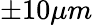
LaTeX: \pm 10\mu m